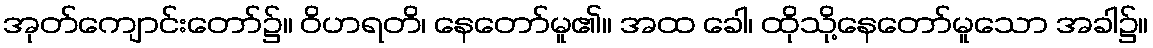
အုတ်ကျောင်းတော်၌။ ဝိဟရတိ၊ နေတော်မူ၏။ အထ ခေါ၊ ထိုသို့နေတော်မူသော အခါ၌။